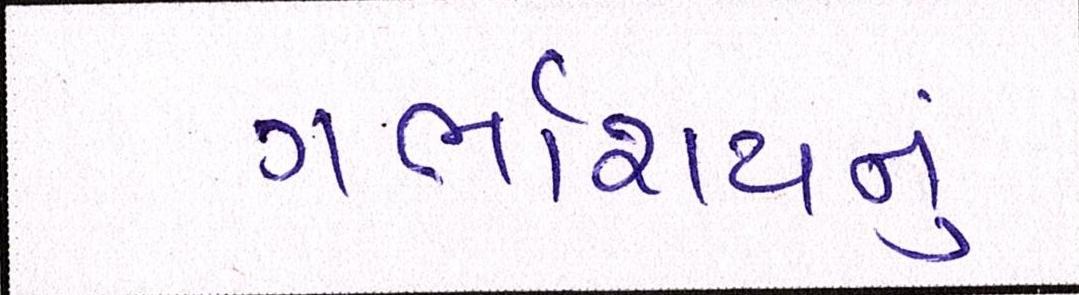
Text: ગર્ભાશયનું